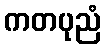
ကတပုညံ